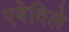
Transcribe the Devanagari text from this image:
एबेविले